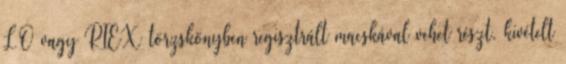
LO vagy RIEX törzskönyben regisztrált macskával vehet részt, kivételt